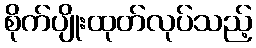
စိုက်ပျိုးထုတ်လုပ်သည့်